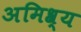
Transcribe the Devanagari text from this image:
अमिश्र्य